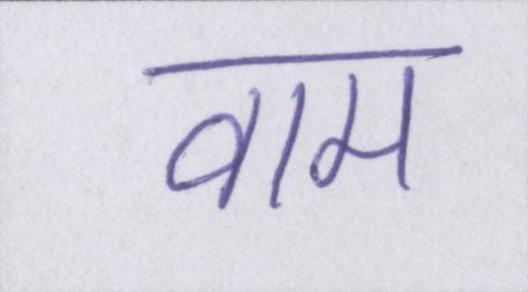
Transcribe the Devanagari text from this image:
वाम